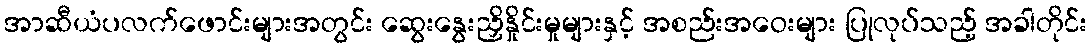
အာဆီယံပလက်ဖောင်းများအတွင်း ဆွေးနွေးညှိနှိုင်းမှုများနှင့် အစည်းအဝေးများ ပြုလုပ်သည့် အခါတိုင်း